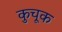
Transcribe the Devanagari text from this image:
कुचूक